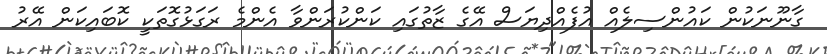
ގާނޫނަކުން ކައުންސިލެއް އުފެއްދިޔަސް އޭގެ ޒާތުގައި ކަންކުރަންވާ އެންމެ ރަގަޅުގޮތަކީ ކޮބައިކަން އޭރު